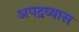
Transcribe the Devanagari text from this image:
अपद्रव्यास